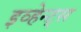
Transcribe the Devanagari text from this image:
इव्हेन्ट्‌स